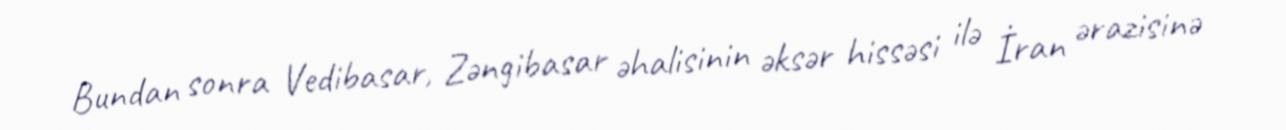
Bundan sonra Vedibasar, Zəngibasar əhalisinin əksər hissəsi ilə İran ərazisinə